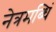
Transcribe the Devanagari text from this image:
नेत्रमब्धिं